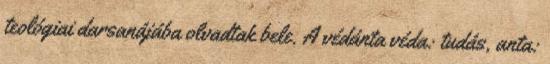
teológiai darsanájába olvadtak bele. A védánta véda: tudás, anta: